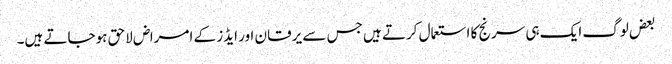
بعض لوگ ایک ہی سرنج کا استعمال کرتے ہیں جس سے یرقان اور ایڈز کے امراض لاحق ہوجاتے ہیں۔